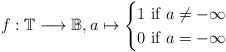
LaTeX: \begin{align*}f: \mathbb{T} \longrightarrow \mathbb{B}, a \mapsto \begin{cases}1 \textrm{ if $a \neq -\infty$ } \\0 \textrm{ if $a = -\infty$}\end{cases}\end{align*}